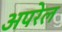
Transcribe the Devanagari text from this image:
अपरेल